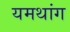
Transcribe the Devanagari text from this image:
यमथांग